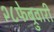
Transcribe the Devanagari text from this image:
२८फेब्रुवारी